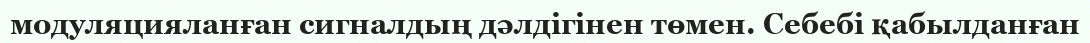
модуляцияланған сигналдың дәлдігінен төмен. Себебі қабылданған